Jaan_Tonisson_(Lasteleht), lk 273
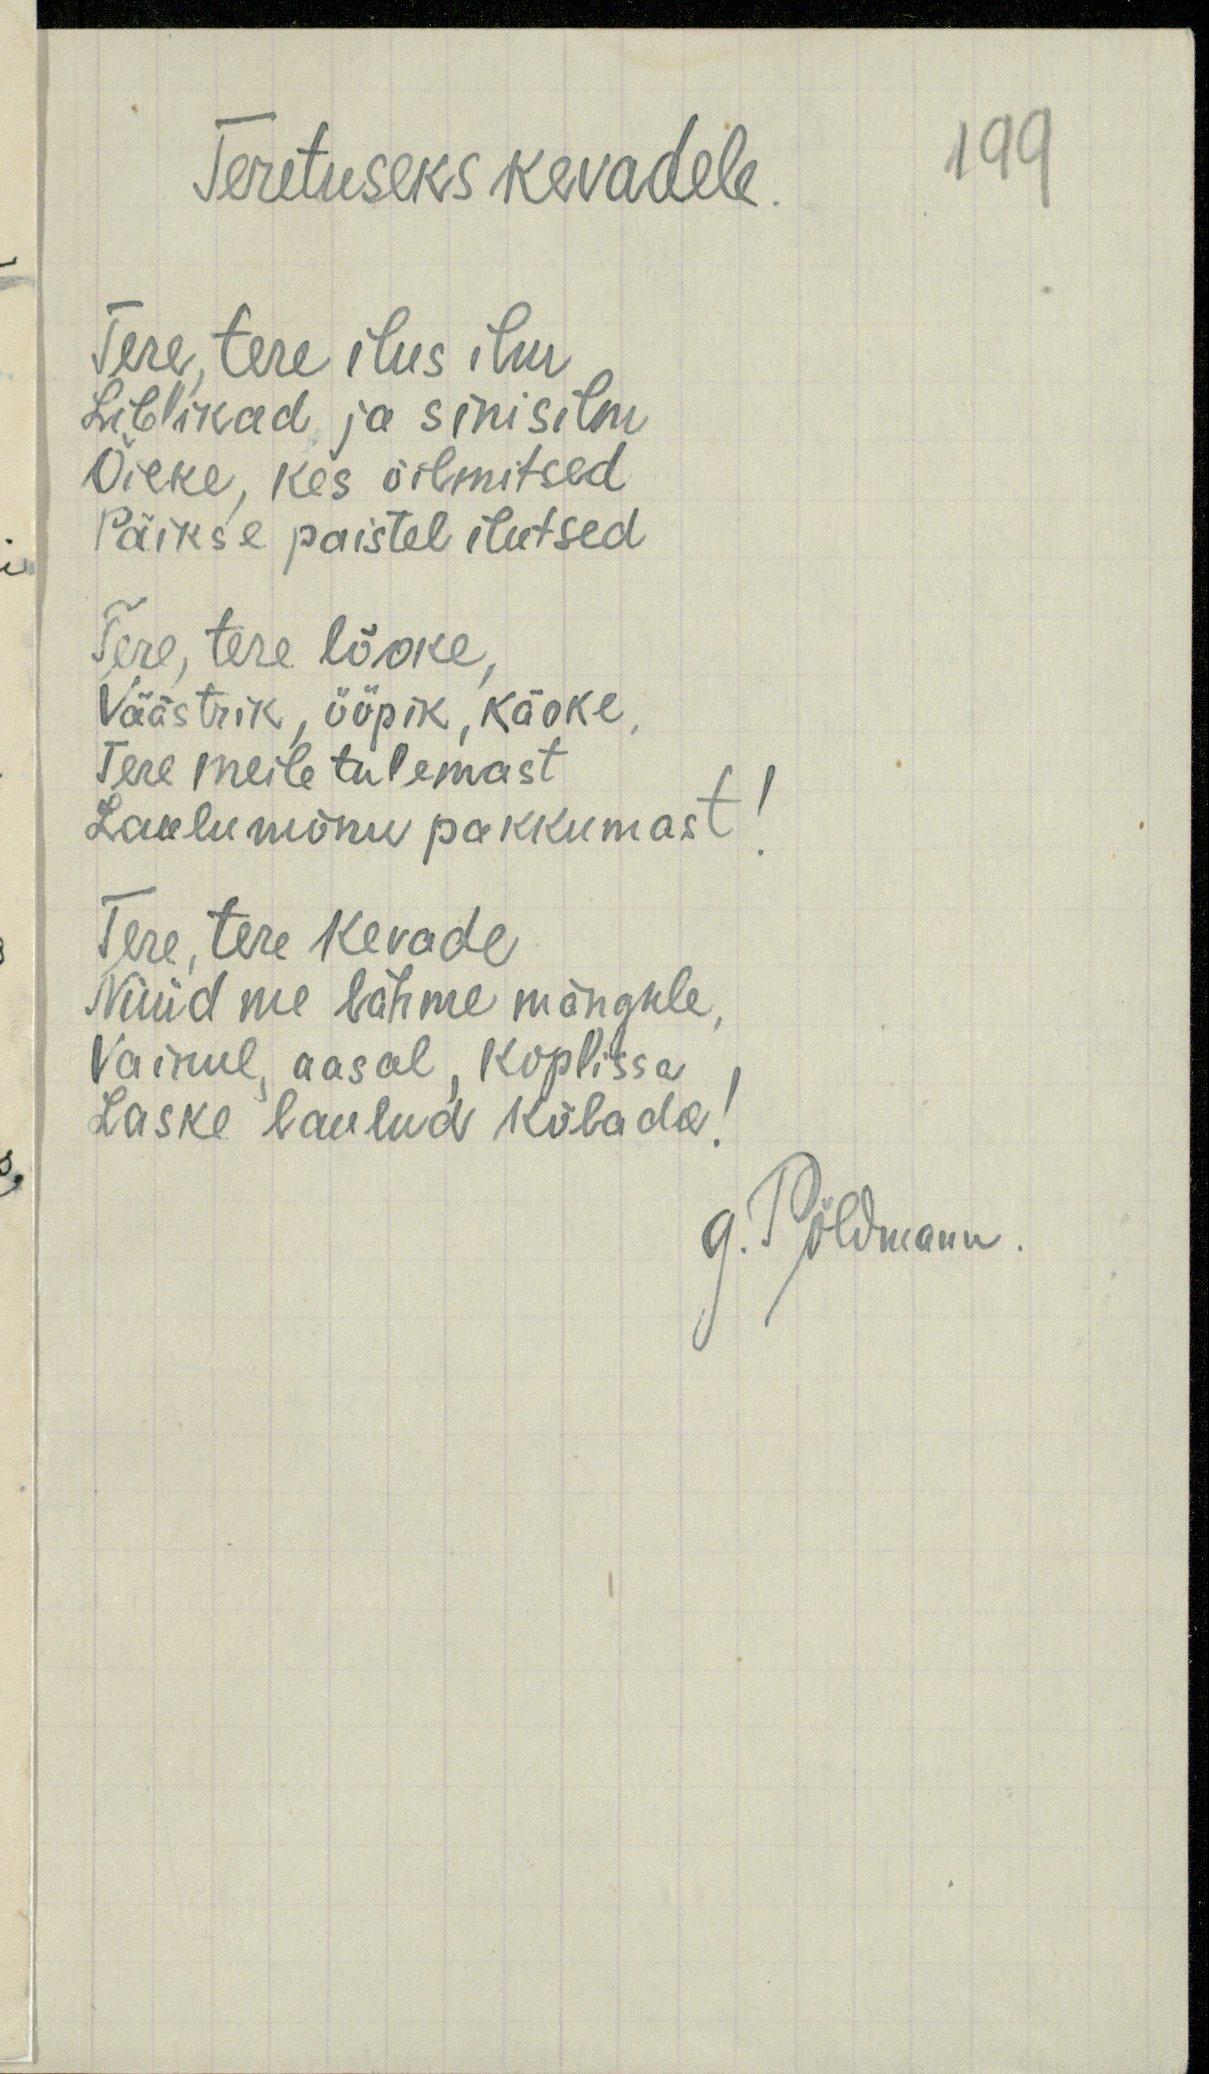
Teretuseks kevadele.
199
Tere, tere ilus ilm,
Liblikad ja sinisilm
Õieke, kes õilmitsed
Päikse paistel ilutsed
Tere, tere lõoke
Väästrik, ööpik, käoke,
Tere meile tulemast.
Laulu mõnu pakkumast!
Tere, tere kevade
Nüüd me lähme mängule,
Vainul aasal, koplissa
Laske laulud kõlada!
G. Põldmann